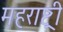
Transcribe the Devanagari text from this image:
महराष्ट्री